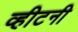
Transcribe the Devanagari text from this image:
व्हीटनी